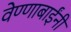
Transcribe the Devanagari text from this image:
वेण्णाबाईंनी